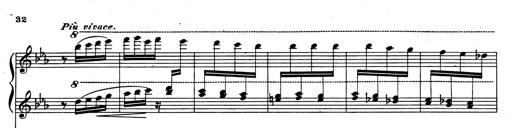
Title: Rhapsodie espagnole
Composer: Franz Liszt